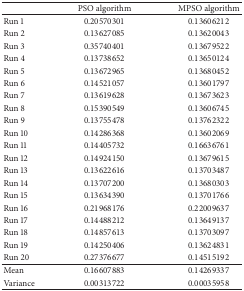
<table><thead><tr><td><b> </b></td><td><b>PSO algorithm</b></td><td><b>MPSO algorithm</b></td></tr></thead><tbody><tr><td>Run 1</td><td>0.20570301</td><td>0.13606212</td></tr><tr><td>Run 2</td><td>0.13627085</td><td>0.13620043</td></tr><tr><td>Run 3</td><td>0.35740401</td><td>0.13679522</td></tr><tr><td>Run 4</td><td>0.13738652</td><td>0.13650124</td></tr><tr><td>Run 5</td><td>0.13672965</td><td>0.13680452</td></tr><tr><td>Run 6</td><td>0.14521057</td><td>0.13601797</td></tr><tr><td>Run 7</td><td>0.13619628</td><td>0.13673623</td></tr><tr><td>Run 8</td><td>0.15390549</td><td>0.13606745</td></tr><tr><td>Run 9</td><td>0.13755478</td><td>0.13762322</td></tr><tr><td>Run 10</td><td>0.14286368</td><td>0.13602069</td></tr><tr><td>Run 11</td><td>0.14405732</td><td>0.16636761</td></tr><tr><td>Run 12</td><td>0.14924150</td><td>0.13679615</td></tr><tr><td>Run 13</td><td>0.13622616</td><td>0.13703487</td></tr><tr><td>Run 14</td><td>0.13707200</td><td>0.13680303</td></tr><tr><td>Run 15</td><td>0.13634390</td><td>0.13701766</td></tr><tr><td>Run 16</td><td>0.21968176</td><td>0.22009637</td></tr><tr><td>Run 17</td><td>0.14488212</td><td>0.13649137</td></tr><tr><td>Run 18</td><td>0.14857613</td><td>0.13703097</td></tr><tr><td>Run 19</td><td>0.14250406</td><td>0.13624831</td></tr><tr><td>Run 20</td><td>0.27376677</td><td>0.14515192</td></tr><tr><td>Mean</td><td>0.16607883</td><td>0.14269337</td></tr><tr><td>Variance</td><td>0.00313722</td><td>0.00035958</td></tr></tbody></table>